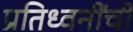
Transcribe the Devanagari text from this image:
प्रतिध्वनींची